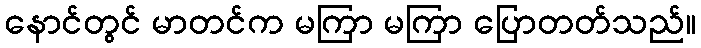
နောင်တွင် မာတင်က မကြာ မကြာ ပြောတတ်သည်။